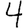
Digit: 4